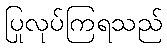
ပြုလုပ်ကြရသည်